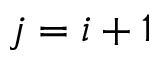
j = i + 1